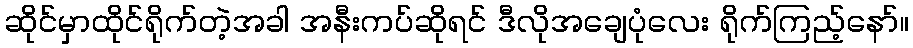
ဆိုင်မှာထိုင်ရိုက်တဲ့အခါ အနီးကပ်ဆိုရင် ဒီလိုအချေပုံလေး ရိုက်ကြည့်နော်။